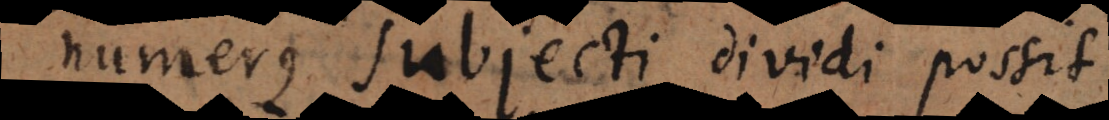
numerus subjecti dividi possit